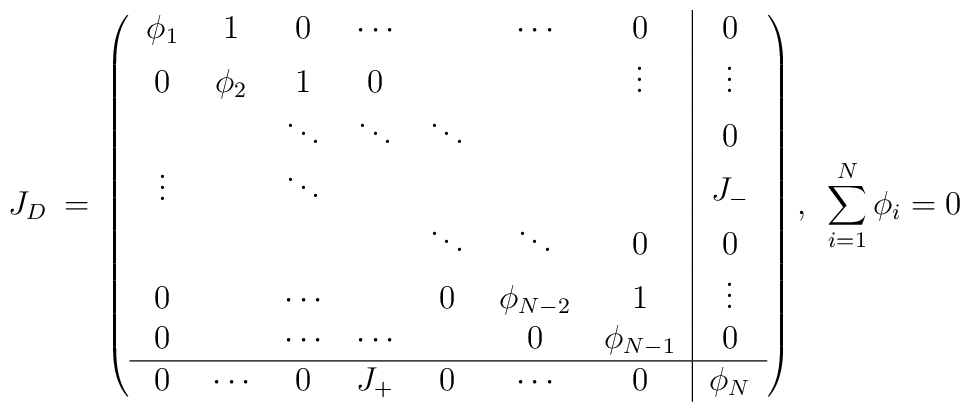
J_{D}\: = \: \left( \begin{tabular}{ccccccc|c} $\phi _1$& 1       & 0      &$\cdots$&        &$\cdots$&0       & 0    \\   0      &$\phi _2$& 1      & 0     &         &        & \vdots &\vdots\\          &         &$\ddots$&$\ddots$&$\ddots$&        &        & 0    \\   \vdots &         &$\ddots$&       &         &        &        &$J_-$ \\          &         &        &       &$\ddots$ &$\ddots$& 0      &     0\\   0      &         &$\cdots$&       & 0       &$\phi_{N-2}$& 1  &\vdots\\   0      &         &$\cdots$&$\cdots$&        & 0 & $\phi _{N-1}$ & 0  \\\hline   0      & $\cdots$& 0      & $J_+$ & 0       &$\cdots$& 0     &$\phi _N$\end{tabular} \right),\hspace{2 mm} \sum_{i=1}^{N}\phi _i = 0